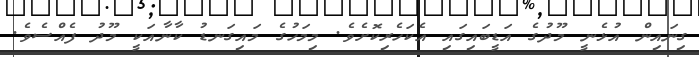
ގިނައިން އުޅެނީ މޫދުގެ އަޑީބައިގައި އެކަހެރިކޮށެވެ. މިމަހުގެ މައިގަނޑު ކާނާއަކީ މޫދު ފެއްސެވެ.